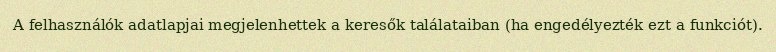
A felhasználók adatlapjai megjelenhettek a keresők találataiban (ha engedélyezték ezt a funkciót).